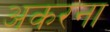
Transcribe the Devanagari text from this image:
अकरना